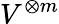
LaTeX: V^{\otimes m}